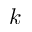
k